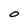
Character: O